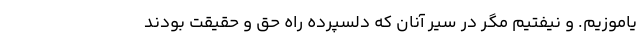
یاموزیم. و نیفتیم مگر در سیر آنان که دلسپرده راه حق و حقیقت بودند